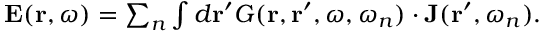
\begin{array} { r } { { \bf E } ( { \bf r } , \omega ) = \sum _ { n } \int d { \bf r } ^ { \prime } G ( { \bf r } , { \bf r } ^ { \prime } , \omega , \omega _ { n } ) \cdot { \bf J } ( { \bf r } ^ { \prime } , \omega _ { n } ) . } \end{array}